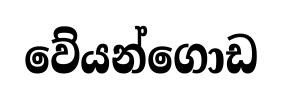
වේයන්ගොඩ